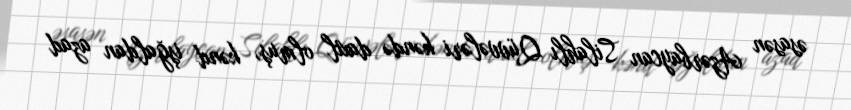
əsasən Azərbaycan Silahlı Qüvvələri kəndə daxil olmuş, kənd işğaldan azad